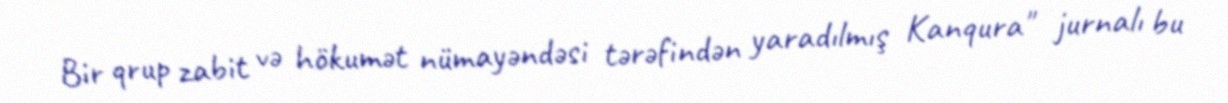
Bir qrup zabit və hökumət nümayəndəsi tərəfindən yaradılmış Kanqura" jurnalı bu